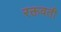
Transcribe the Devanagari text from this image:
रक्तवती